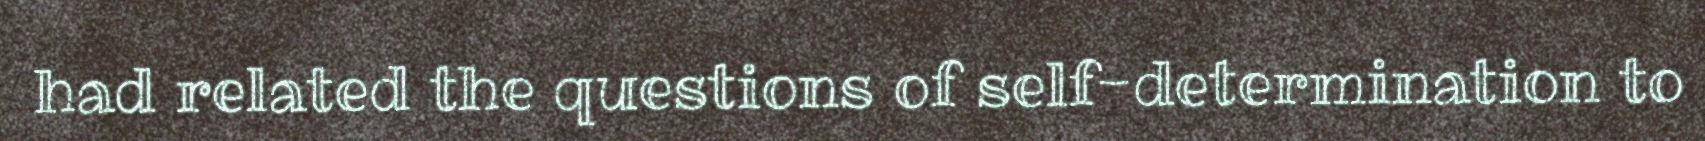
had related the questions of self-determination to